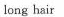
long hair